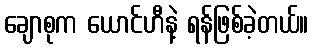
ချောစုက ယောင်ဟီနဲ့ ရန်ဖြစ်ခဲ့တယ်။